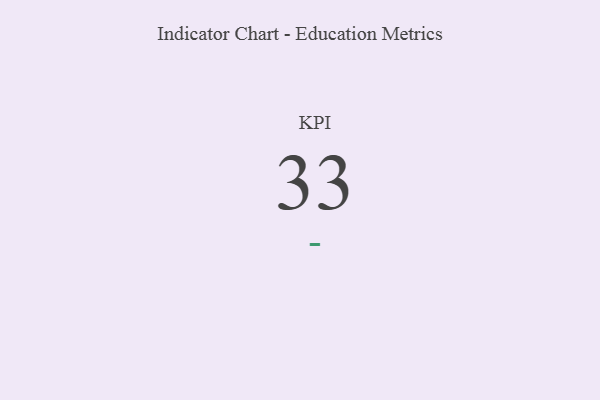
{"axis": {"x": "KPI", "y": "Value"}, "legend": [""], "data": [{"x": "KPI", "y": 33, "type": ""}]}